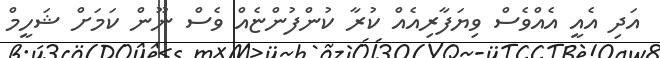
އަދި އެއީ އެއްވެސް ވިޔަފާރިއެއް ކުރާ ކުންފުންޏެއް ވެސް ނޫން ކަމަށް ޝަހީމް